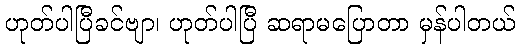
ဟုတ်ပါပြီခင်ဗျာ၊ ဟုတ်ပါပြီ ဆရာမပြောတာ မှန်ပါတယ်